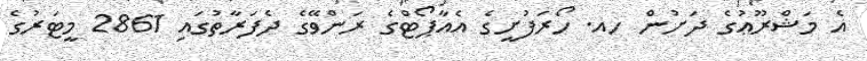
އެ މަޝްރޫޢުގެ ދަށުން ހއ. ހޯރަފުށީގެ އެއާޕޯޓްގެ ރަންވޭގެ ދެފަރާތުގައި 2861 މީޓަރުގެ